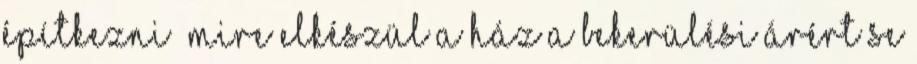
építkezni mire elkészül a ház a bekerülési árért se